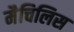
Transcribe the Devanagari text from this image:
मैचिलिस